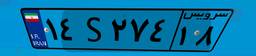
۱۳S۵۲۲۸۴